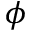
\phi